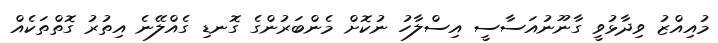
މުއިއްޒު ވިދާޅުވީ ގާނޫނުއަސާސީ އިސްލާހު ނުކޮށް މެންބަރުންގެ ގޮނޑި ގެއްލޭނެ އިތުރު ގޮތްތަކެއް